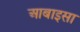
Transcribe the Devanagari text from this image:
आबाइसा